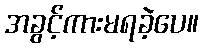
အခွင့်ကားမရခဲ့ပေ။